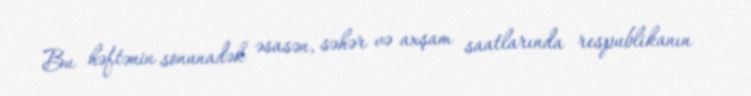
Bu həftənin sonunadək əsasən, səhər və axşam saatlarında respublikanın